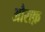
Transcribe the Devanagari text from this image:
औराक़